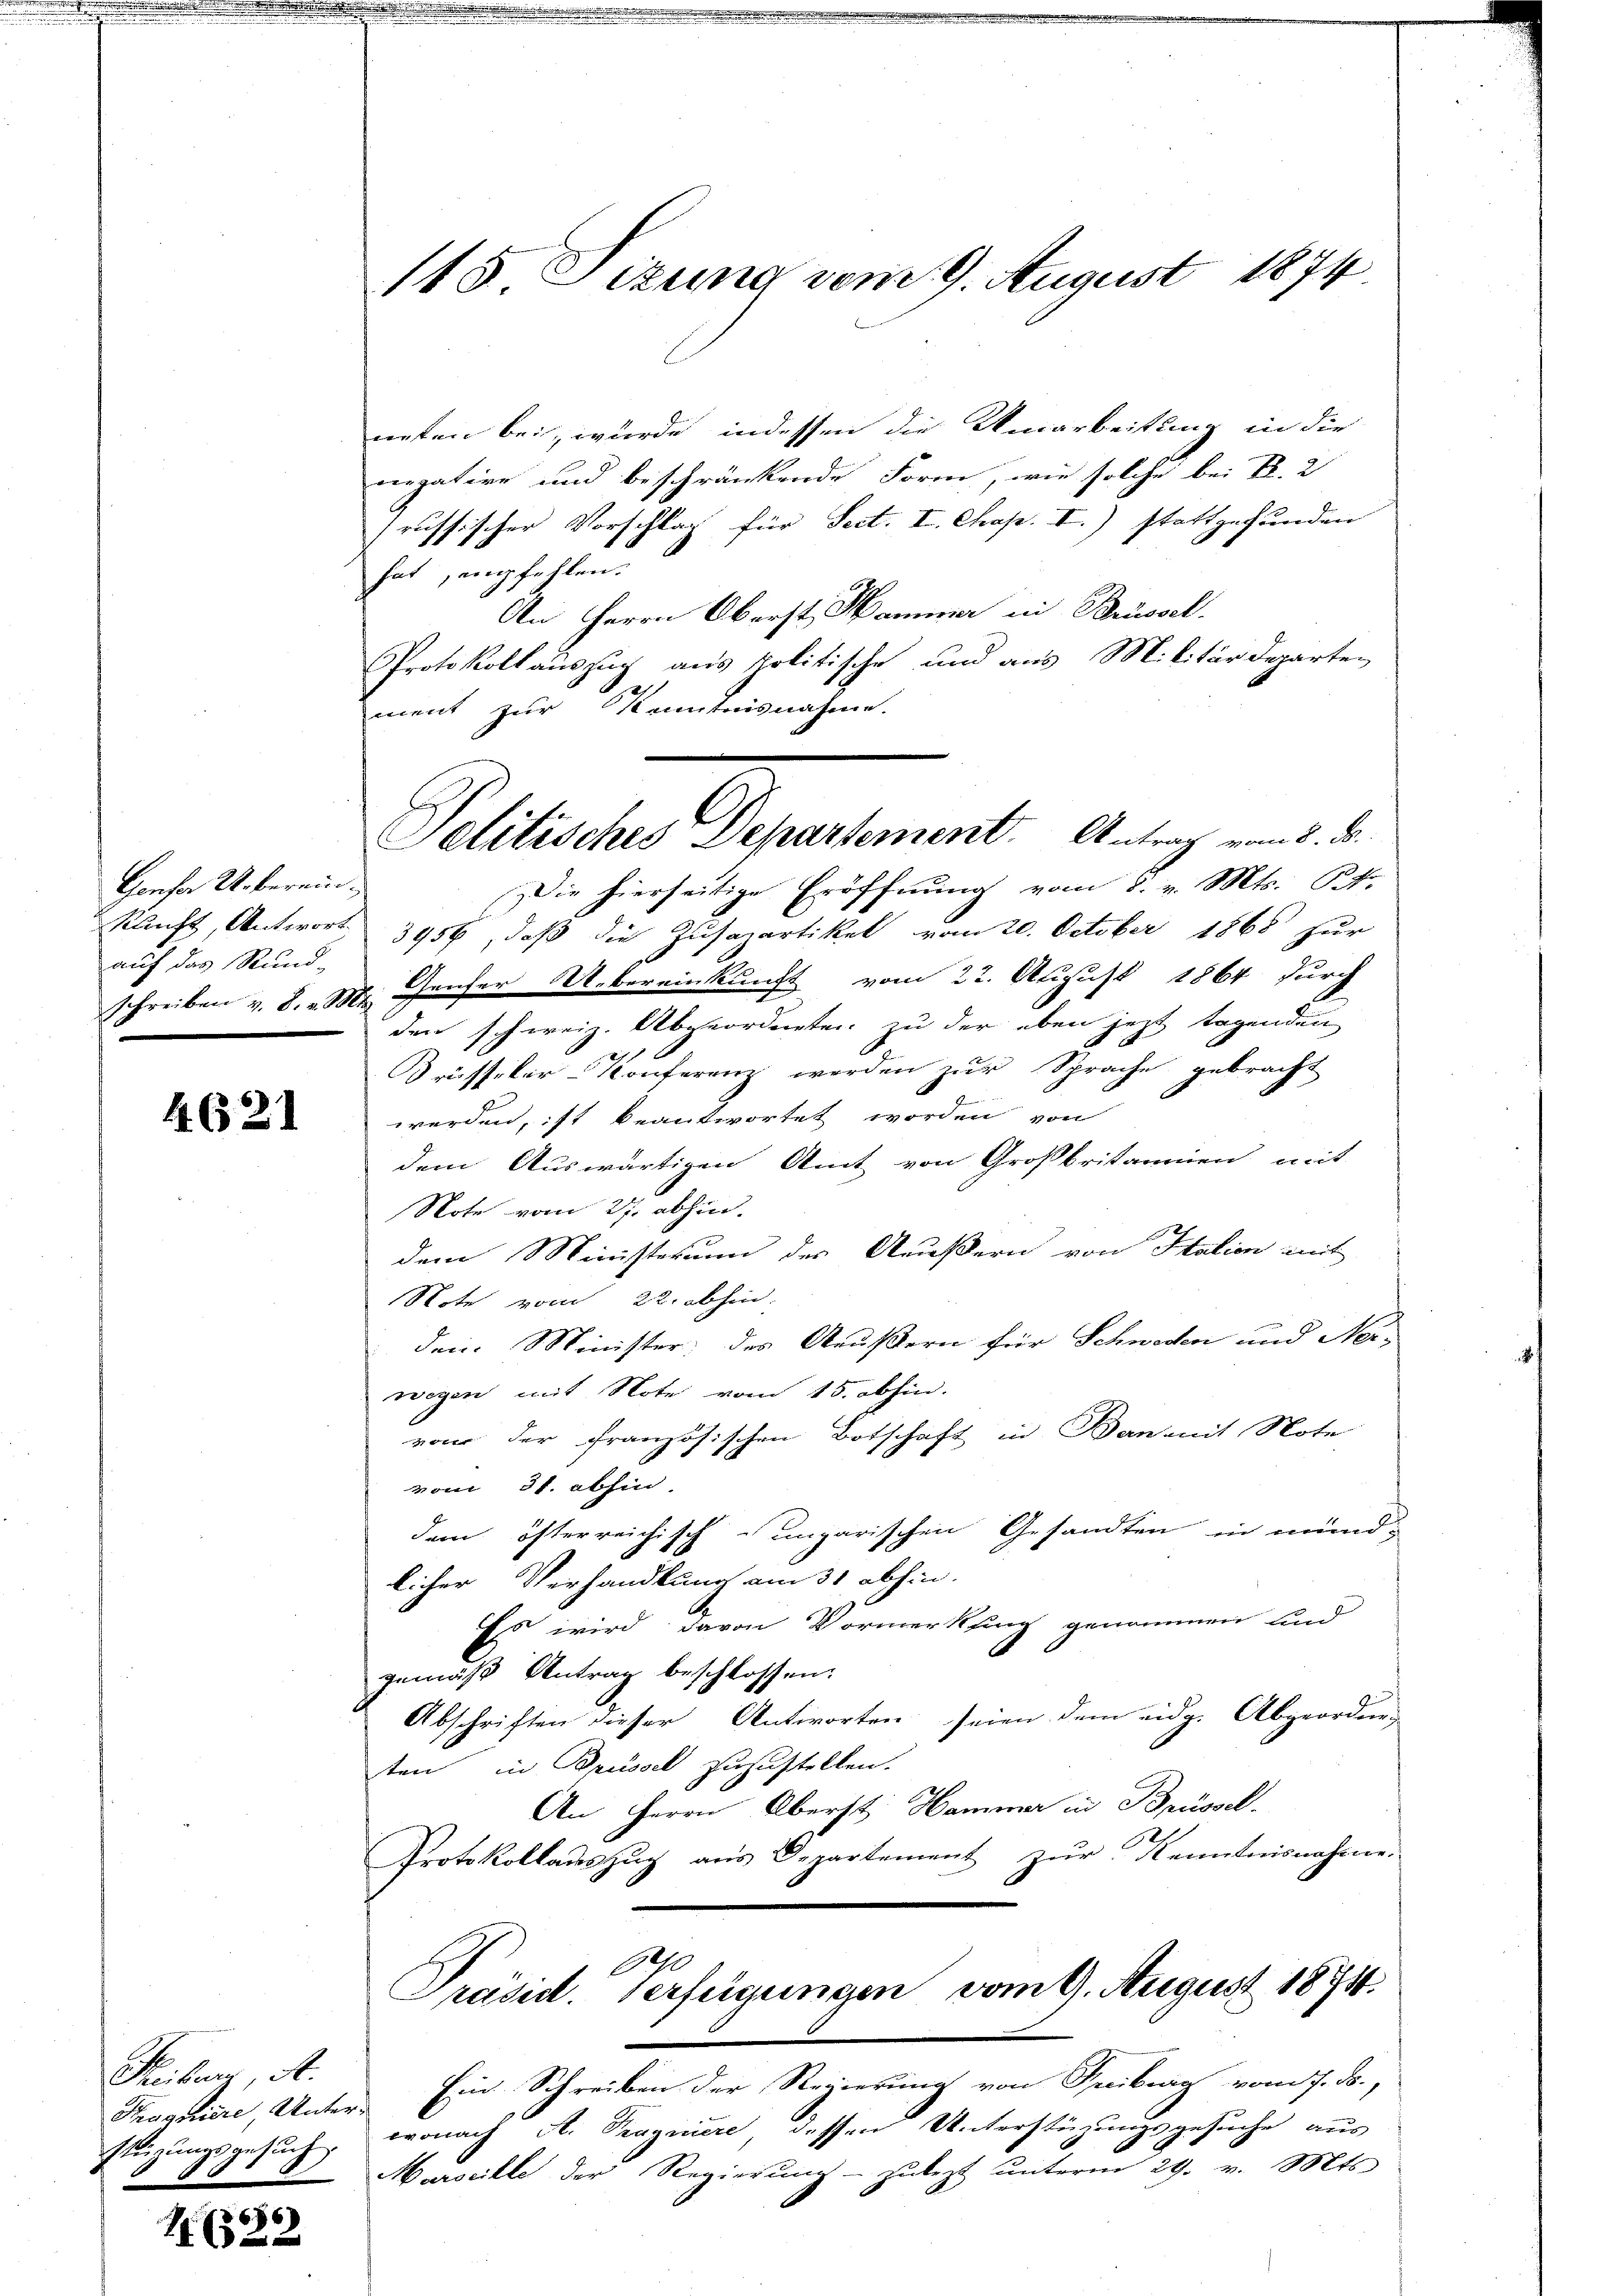
Genfer Ueberein
kunft, Antwort.
auf das Rund-

4. 621

Thiber, A.
steigungsgesuch
§ 48

1. 63.

115 Sizung vom 9. August 1874.

Politisches Departement. Antrag vom 8. d.

neten bei, wurde indessen die Umarbeitung in die
vergative und beschränkende Form, wie solche bei Kr. 2
russischer Vorschlag für Sect. I. Chap. I.) stattgefunden
hat empfehlen.
An Herrn Oberst Hammer in Brüssel.
Protokoll auszug aus politische und aus Militärdeparten
ment zur Kenntnisnahme.
Die hierseitige Eröffnung vom 8. v. Mts. St.
3956, daß die Zusazartikel vom 20. October 1868 zur
Schreiben v. 8. M. Genfer Uebereinkunft vom 22. August 1864 durch
den schweiz. Abgeordneten zu der oben jezt tagenden
Trüsseler-Konferenz werden zur Sprache gebracht
werden, ist beantwortet worden von
dem Auswärtigen Amt von Großbritannien mit
Note vom 27. abhin.
dem Ministerum des Außern von Station mit
Note vom 22. abhin.
den Minister; des Aeußern für Schweden und Ner-
wegen mit Note vom 15. abhin.
vo der französischen Botschaft in Ban mit Note
vom 31. abhin,
dem österreichisch-ungarischen Gesandten in mund-
licher Verhandlung am 31 abhin.
Es wird davon Vormerksing genommen und
gemäß Antrag beschlossen:
Abschriften dieser Antworten seien dem eidg. Abgeordne-
ten, in Brüssel zuzustellen.
An Herrn Oberst Hammer in Brüssel.
Protokollauszug aus Departement zur Kenntnisnahme.
0
Präsid. Verfügungen vom 9. August 1871.
Tagniere, Unter Ein Schreiben der Regierung von Feuburg vom 7. ds.,
wonach A. Tragniere, dessen Unterstüzungsgesuche aus
Marseille der Regierŭng zulezt ŭnterm 29. v. Mts.